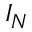
I _ { N }